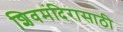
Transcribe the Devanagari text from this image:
शिवमंदिरासाठी